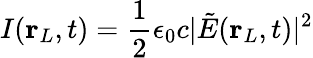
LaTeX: I(\mathbf{r}_{L},t)=\frac{1}{2}\epsilon_{0}c\lvert\tilde{E}(\mathbf{r}_{L},t)\rvert^{2}